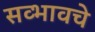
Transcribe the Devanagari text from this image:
सव्भावचे